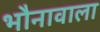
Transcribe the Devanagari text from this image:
भौनावाला